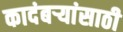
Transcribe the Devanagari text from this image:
कादंबऱ्यांसाठी